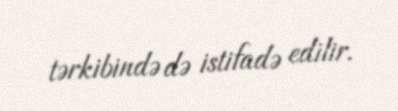
tərkibində də istifadə edilir.